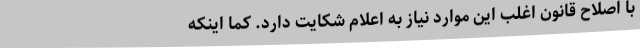
با اصلاح قانون اغلب این موارد نیاز به اعلام شکایت دارد. کما اینکه